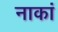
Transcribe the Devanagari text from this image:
नाकां